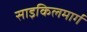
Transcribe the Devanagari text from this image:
साइकिलमार्ग